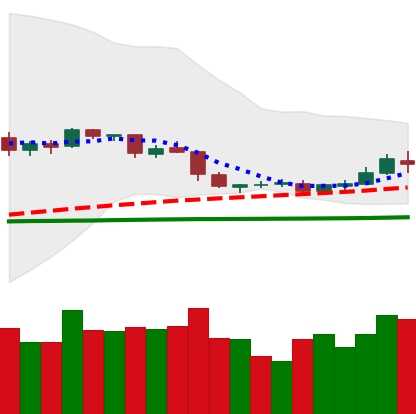
Ticker: DOGE-USD
Chart end date: 2019-05-04
Forward return: -6.716%
Label: down_5_7